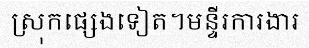
ស្រុកផ្សេងទៀត។មន្ទីរការងារ